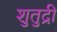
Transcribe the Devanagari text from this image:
शुतुद्री